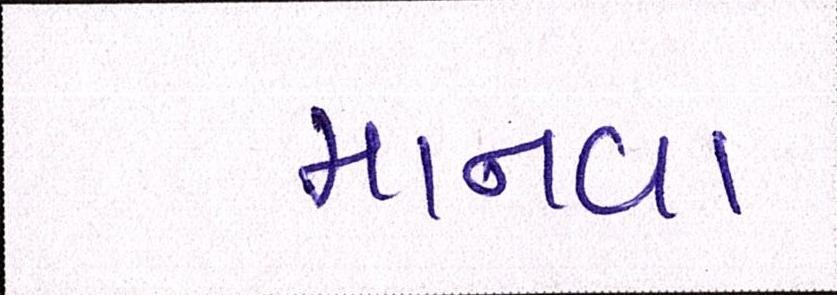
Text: માનવા